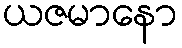
ယဇမာနော